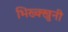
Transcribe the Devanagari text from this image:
भिख्क्खुनी